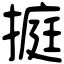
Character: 㨩